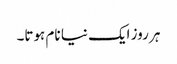
ہر روز ایک نیا نام ہوتا۔